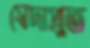
স্বেদাপ্লুত